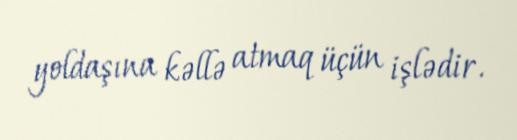
yoldaşına kəllə atmaq üçün işlədir.